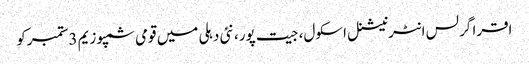
اقرا گرلس انٹرنیشنل اسکول، جیت پور، نئی دہلی میں قومی سمپوزیم 3ستمبرکو